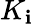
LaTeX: K_{\mathbf{i}}